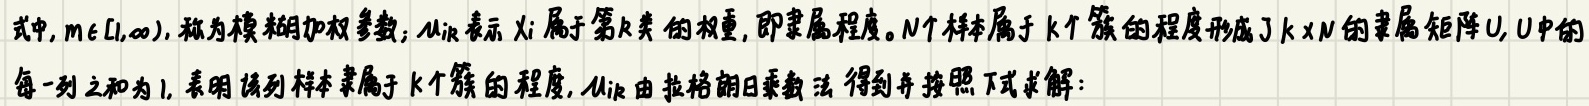
式中, $m \in[1, \infty)$, 称为模糊加权参数; $\mu_{i k}$ 表示 $x_{i}$ 属于第 $k$ 类的权重, 即隶属程度。 $N$ 个样本属于 $k$ 个簇的程度形成了 $k \times N$ 的隶属矩阵 $U$, $U$ 中的每一列之和为 1 , 表明该列样本隶属于 $k$ 个簇的程度, $\mu_{i k}$ 由拉格朗日乘数法得到并按照下式求解: